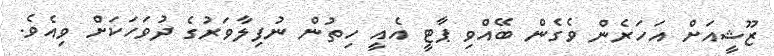
ޒޫޝީއަށް އަހަރެން ވެގެން ބޭއްވި ޕާޓީ އެއީ ހިތުން ނުފިލާވަރުގެ ދުވަހަކަށް ވިއެވެ.